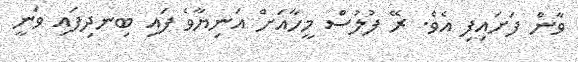
ވާން ފަށައިފި އެވެ. ރޭ ފުލުސް މީހާއަށް އަނިޔާވެ ފައި ބިނދިފައި ވަނީ